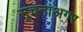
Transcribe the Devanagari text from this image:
सूचनाअगर